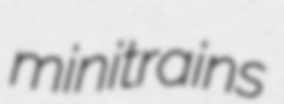
minitrains